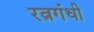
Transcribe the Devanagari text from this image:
रत्नगंधी